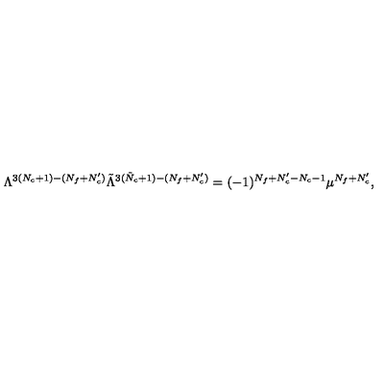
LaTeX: \Lambda ^ { 3 ( N _ { c } + 1 ) - ( N _ { f } + N _ { c } ^ { \prime } ) } \tilde { \Lambda } ^ { 3 ( \tilde { N } _ { c } + 1 ) - ( N _ { f } + N _ { c } ^ { \prime } ) } = ( - 1 ) ^ { N _ { f } + N _ { c } ^ { \prime } - N _ { c } - 1 } \mu ^ { N _ { f } + N _ { c } ^ { \prime } } ,